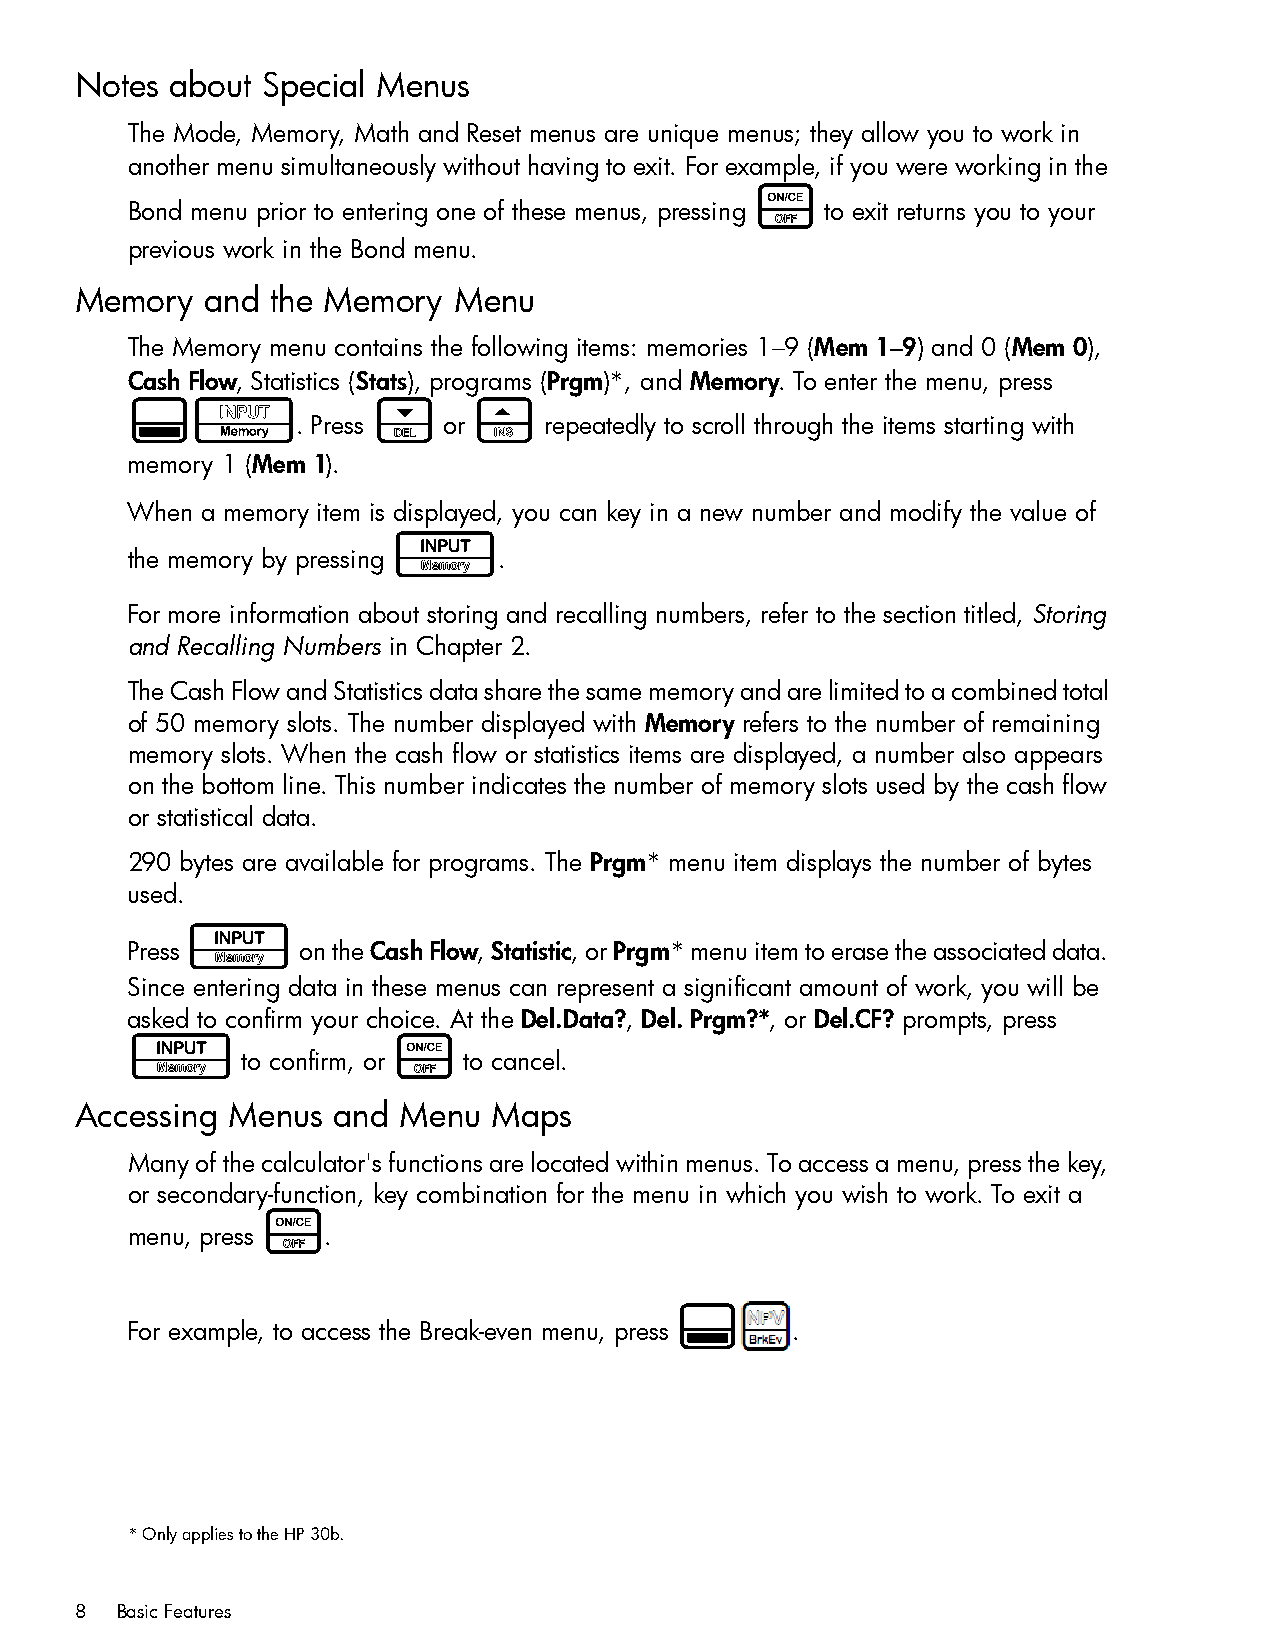
Notes about Special Menus
 The Mode, Memory, Math and Reset menus are unique menus; they allow you to work in
 another menu simultaneously without having to exit. For example, if you were working in the
 O
 Bond menu prior to entering one of these menus, pressing to exit returns you to your
 previous work in the Bond menu.
 Memory   and the Memory  Menu
 The Memory menu contains the following items: memories 1–9 (Mem 1–9) and 0 (Mem 0),
 Cash Flow, Statistics (Stats), programs (Prgm)*, and Memory. To enter the menu, press
 :t               <     >
 . Press  or     repeatedly to scroll through the items starting with
 memory 1 (Mem 1).
 When a memory item is displayed, you can key in a new number and modify the value of
 I
 the memory by pressing   .
 For more information about storing and recalling numbers, refer to the section titled, Storing
 and Recalling Numbers in Chapter 2.
 The Cash Flow and Statistics data share the same memory and are limited to a combined total
 of 50 memory slots. The number displayed with Memory refers to the number of remaining
 memory slots. When the cash flow or statistics items are displayed, a number also appears
 on the bottom line. This number indicates the number of memory slots used by the cash flow
 or statistical data.
 290 bytes are available for programs. The Prgm* menu item displays the number of bytes
 used.
 I
 Press       on the Cash Flow, Statistic, or Prgm* menu item to erase the associated data.
 Since entering data in these menus can represent a significant amount of work, you will be
 asked to confirm your choice. At the Del.Data?, Del. Prgm?*, or Del.CF? prompts, press
 I                 O
 to confirm, or to cancel.
 Accessing Menus  and Menu   Maps
 Many of the calculator's functions are located within menus. To access a menu, press the key,
 or secondary-function, key combination for the menu in which you wish to work. To exit a
 O
 menu, press  .
 :
 For example, to access the Break-even menu, press .
 * Only applies to the HP 30b.
 8  Basic Features